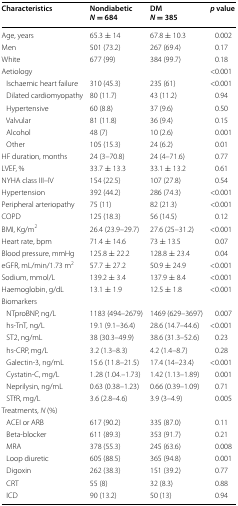
<table><thead><tr><td><b>Characteristics</b></td><td><b>Nondiabetic<i>N</i> = 684</b></td><td><b>DM<i>N</i> = 385</b></td><td><b><i>p</i> value</b></td></tr></thead><tbody><tr><td>Age, years</td><td>65.3 ± 14</td><td>67.8 ± 10.3</td><td>0.002</td></tr><tr><td>Men</td><td>501 (73.2)</td><td>267 (69.4)</td><td>0.17</td></tr><tr><td>White</td><td>677 (99)</td><td>384 (99.7)</td><td>0.18</td></tr><tr><td>Aetiology</td><td></td><td></td><td>&lt;0.001</td></tr><tr><td> Ischaemic heart failure</td><td>310 (45.3)</td><td>235 (61)</td><td>&lt;0.001</td></tr><tr><td> Dilated cardiomyopathy</td><td>80 (11.7)</td><td>43 (11.2)</td><td>0.94</td></tr><tr><td> Hypertensive</td><td>60 (8.8)</td><td>37 (9.6)</td><td>0.50</td></tr><tr><td> Valvular</td><td>81 (11.8)</td><td>36 (9.4)</td><td>0.15</td></tr><tr><td> Alcohol</td><td>48 (7)</td><td>10 (2.6)</td><td>0.001</td></tr><tr><td> Other</td><td>105 (15.3)</td><td>24 (6.2)</td><td>0.01</td></tr><tr><td>HF duration, months</td><td>24 (3–70.8)</td><td>24 (4–71.6)</td><td>0.77</td></tr><tr><td>LVEF, %</td><td>33.7 ± 13.3</td><td>33.1 ± 13.2</td><td>0.61</td></tr><tr><td>NYHA class III–IV</td><td>154 (22.5)</td><td>107 (27.8)</td><td>0.54</td></tr><tr><td>Hypertension</td><td>392 (44.2)</td><td>286 (74.3)</td><td>&lt;0.001</td></tr><tr><td>Peripheral arteriopathy</td><td>75 (11)</td><td>82 (21.3)</td><td>&lt;0.001</td></tr><tr><td>COPD</td><td>125 (18.3)</td><td>56 (14.5)</td><td>0.12</td></tr><tr><td>BMI, Kg/m<sup>2</sup></td><td>26.4 (23.9–29.7)</td><td>27.6 (25–31.2)</td><td>&lt;0.001</td></tr><tr><td>Heart rate, bpm</td><td>71.4 ± 14.6</td><td>73 ± 13.5</td><td>0.07</td></tr><tr><td>Blood pressure, mmHg</td><td>125.8 ± 22.2</td><td>128.8 ± 23.4</td><td>0.04</td></tr><tr><td>eGFR, mL/min/1.73 m<sup>2</sup></td><td>57.7 ± 27.2</td><td>50.9 ± 24.9</td><td>&lt;0.001</td></tr><tr><td>Sodium, mmol/L</td><td>139.2 ± 3.4</td><td>137.9 ± 8.4</td><td>&lt;0.001</td></tr><tr><td>Haemoglobin, g/dL</td><td>13.1 ± 1.9</td><td>12.5 ± 1.8</td><td>&lt;0.001</td></tr><tr><td colspan="4">Biomarkers</td></tr><tr><td> NTproBNP, ng/L</td><td>1183 (494–2679)</td><td>1469 (629–3697)</td><td>0.007</td></tr><tr><td> hs-TnT, ng/L</td><td>19.1 (9.1–36.4)</td><td>28.6 (14.7–44.6)</td><td>&lt;0.001</td></tr><tr><td> ST2, ng/mL</td><td>38 (30.3–49.9)</td><td>38.6 (31.3–52.6)</td><td>0.23</td></tr><tr><td> hs-CRP, mg/L</td><td>3.2 (1.3–8.3)</td><td>4.2 (1.4–8.7)</td><td>0.28</td></tr><tr><td> Galectin-3, ng/mL</td><td>15.6 (11.8–21.5)</td><td>17.4 (14–23.4)</td><td>&lt;0.001</td></tr><tr><td> Cystatin-C, mg/L</td><td>1.28 (1.04.–1.73)</td><td>1.42 (1.13–1.89)</td><td>0.001</td></tr><tr><td> Neprilysin, ng/mL</td><td>0.63 (0.38–1.23)</td><td>0.66 (0.39–1.09)</td><td>0.71</td></tr><tr><td> STfR, mg/L</td><td>3.6 (2.8–4.6)</td><td>3.9 (3–4.9)</td><td>0.005</td></tr><tr><td colspan="4">Treatments, <i>N</i> (%)</td></tr><tr><td> ACEI or ARB</td><td>617 (90.2)</td><td>335 (87.0)</td><td>0.11</td></tr><tr><td> Beta-blocker</td><td>611 (89.3)</td><td>353 (91.7)</td><td>0.21</td></tr><tr><td> MRA</td><td>378 (55.3)</td><td>245 (63.6)</td><td>0.008</td></tr><tr><td> Loop diuretic</td><td>605 (88.5)</td><td>365 (94.8)</td><td>0.001</td></tr><tr><td> Digoxin</td><td>262 (38.3)</td><td>151 (39.2)</td><td>0.77</td></tr><tr><td> CRT</td><td>55 (8)</td><td>32 (8.3)</td><td>0.88</td></tr><tr><td> ICD</td><td>90 (13.2)</td><td>50 (13)</td><td>0.94</td></tr></tbody></table>